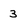
Character: 3